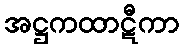
အဋ္ဌကထာဋီကာ